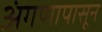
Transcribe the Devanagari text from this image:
अंगणापासून